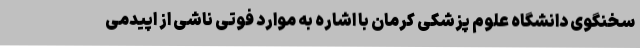
سخنگوی دانشگاه علوم پزشکی کرمان با اشاره به موارد فوتی ناشی از اپیدمی